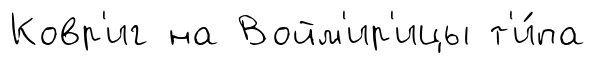
Ковр'иг на Войм'ир'ицы т'и́па